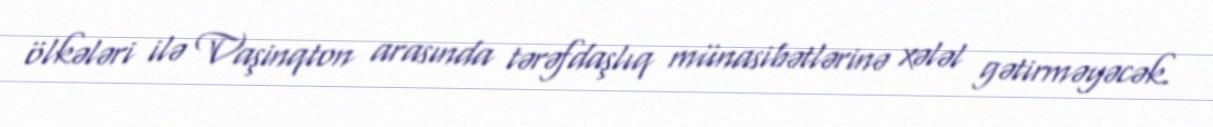
ölkələri ilə Vaşinqton arasında tərəfdaşlıq münasibətlərinə xələl gətirməyəcək.